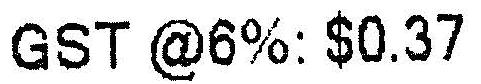
GST @6%: $0.37